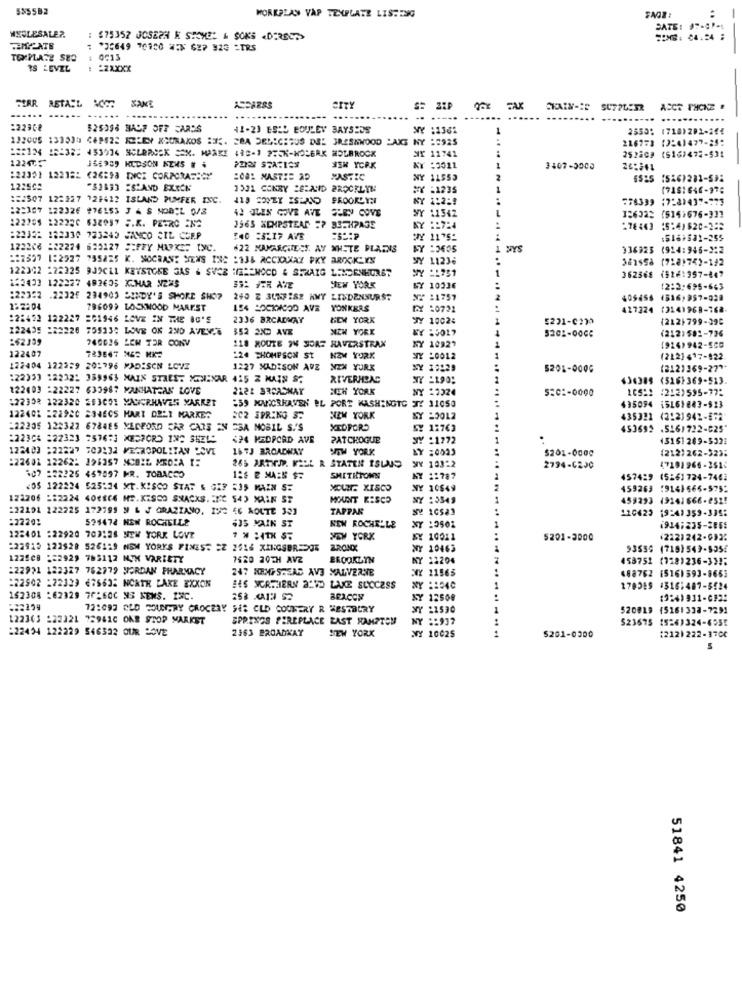
555582
WORKPLAN VAP TEXPLATE LISTING
FAGZ:
:
DATE: 37-1-4
--
HEJLESALE ?.
$75352 JOSEPH K SIOMEL & SONS .DERECP>
SON8: 04.24 :
TOYPLATZ SED
0013
IS LEVEL
: 22XXXX
RETA:L
....
ASCARAS
CITY
ACCT PHONE .
......
.........
-----
:223CR
41-21 ESIS BOULEV BAYSPDS
WY :1361
2553: (718)202-244
132005 133330 449522 KLEY XSGRAXOS 25. ERA DELICIOUS DUE JRESAWOOD AKS NY :2925
216773 (2:4)477-21:
122475
Nr 11741
252809 (516)472-531
JSE909 KIDSON NEMS . .
ISH YORK
KY :3011
3407-3003
20:241
:22351 122182 (26298 INCZ CORPORATECY
2081 NASTIE AD
NY 11553
--
6525 (526)281-531
12:502
"S2433 "S"AND EXXON
1531 CONBY CE:AND PROCELYN
:1235
(718:646-976
:51507 122127 128422 ISLAND PUMFER INC.
BROOKLYN
1:259
776339
:2:307 122326 #76153 J 4 S MOBIL 0/S
42 JLEN COVE ANT THE COVE
122205 222226 638957 5.8. PZERO EN2
SY 11342
126323 (5141676-311
1565 XEMPSTEAR "? BETHPAGE
NY :: 724
278463 15:41$20-25
:22322 182330 723345 JANCO CIL CCEP
:40 SSLIF AVE
"Y 1175:
:518+531-255
122206 :22274 623127 FFY MUPXE" tyC.
#22 NAMARCHIECE AV WHITE PLAINS
MYS
336923 (924:946-3:2
:: 2527 1:2927 755825 K. MOCRANT XENS ISC :136 ACCKANAZ PKY BROOKLYN
SY 11236
Sanssa (718)74)-192
122342 222325 9JOCEL KEYSTONE GAS & SVCZ HE == NOCD & STRAIG LINDENHURST
WY :: 751
362568 (9261957-847
362568
153433 122227 493605 KCHAR N225
NEW YORK
6Y 10336
12:3:695-663
:22352 .22325 234903 5INDY'S SHORE SHOP
240 Z 3UNE282 HWY LINDENHURST
N/ 11757
405458 (516,957-028
122:04
786099 LOSKNOOD MAREST
154 SOCKMOOD AVE
YONKERS
GX :0721
427224 (3141968-768-
:22422 122227 5G1946 LOVE IN THE 80'S
2336 BRCADMAY
NEW YORK
JY 10024
5231-0230
(212|799-390
122435 :22226 75913: LOVE OK 2ND AVEY.B
352 2ND AVE
NEW YORK
5202-0004
(212)581-736
162339
740626 LEN TOR CONV
783647 NES MK
118 ROUTE IN SORE HAVERSTRAX
NY 10929
(926) 942-5CG
122407
:24 THOMPSON ST
NEW YORK
NY :0012
(212] 417-822
122404 122229 20:796 MADISON LOVE
1227 MADISON AVE NEW YORK
38229
5201-0006
(2121369-27 **
:22333 122322 359963 MAIN STREET XCHENAR 415 Z MAIN ST
RIVERHOAC
434385 (5261369-513.
434385
122403 :22227 633987 MANHATTAN LOVE
2122 BREASHAY
NEH YORK
Y :2324
105:2 (2121595-775
122302 122320 393001 MANCRHAVES MARKET
:59 MAICRHAVEN EL PORT WASHINGTC
11050
435094
15161883-523
122401 -22920 23JEGS MART OBLI MARKE?
802 SPRING 3:
SIZM YORK
20012
435321
(2:21942-872
:22205 122322 678485 XECFORD CAR CARS EN ESA MOBIL S.'S
XEDFOR
5: 12763
453692 .5261722-025"
<24 MEDPCRD AVE
PATCHOGUE
SY :1772
(5151269-5321
122403 :22227 703132 METROPOLITAN DOVE
16TJ BROADWAY
SOM YORK
LY :0023
$201-0000
(212)262-323:
:22601 122621 195357 MOBIL MED:A 1:
265 ARTHUR. MIDL R STATEN ISLUS
WY 10322
107 :22225 457097 MR. TOBACCO
2794-6220
47101966-351:
128 E MAES $.
SMITHTONN
NY :: 787
4574:9 (5261724-7461
4574:9
<05 122224 525:34 XT.KISCO STAT & GIF 535 MAIN ST
XDUNE XISCO
NY 10649
459263
459263 19141666-575"
122206 :32224 401864 ME.KISCO SNACKS. "KC 54) MAIN ST
MOUNT KISCO
NY :5549
459293 49141666-252!
122191 122225 172799 N & J GRAZZANO, 192 46 ROUTE 333
TAPPAR
120423
19:41 359-335:
:22202
534474 NEW ROCHELLE
435 MAIN ST
NEW ROCHELLE
NY :3501
122401 :22920 703126 NEW YORK LOVE
NEW YORK
10011
5201-3000
(222)242-633:
:22915 122528 526129 NEM YORYS FINEST CZ 2616 KINGSBRIDGE
BRONX
NY 10463
93559 (719)549-9354
122508 :2929 789112 M3H VARIETY
7620 20TH AVZ
BROOKLYN
NY 12204
453752 (728)236-331;
:22921 122327 762779 JORDAN PHARMACY
247 NEXISTEAD AV3 MALVERNE
11565
488762 15161593-8663
:22502 -22323 676635 NORTH FARE EXXON
IS NORTHERN ALVO LAKE SUCCESS
Y :1040
178355
4316:487-5524
162308 :62329 7F-60C NS NEMS. 13C.
258 XA13 52
BEACON
12508
(324) 931-012:
72:093 OLD BURY GROCERY SER CLD COOKERY R WESTBURY
NY 11530
520019 (5161338-7291
122363 :22321 729610 OKR STOP MARKET
SPRINGS PEREPLACE EAST HAMPTON
NY :5937
523675 (526)324-6555
$23675
:22434 122229 546322 OUR LOVE
2363 BROADWAY
NEW YORK
$201-0300
WY 10025
(212) 222-3700
5
51841 4250